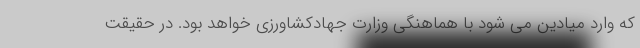
که وارد میادین می شود با هماهنگی وزارت جهادکشاورزی خواهد بود. در حقیقت